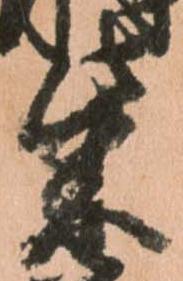
柴